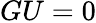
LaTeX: GU=0